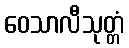
ဝေသာလီသုတ္တံ